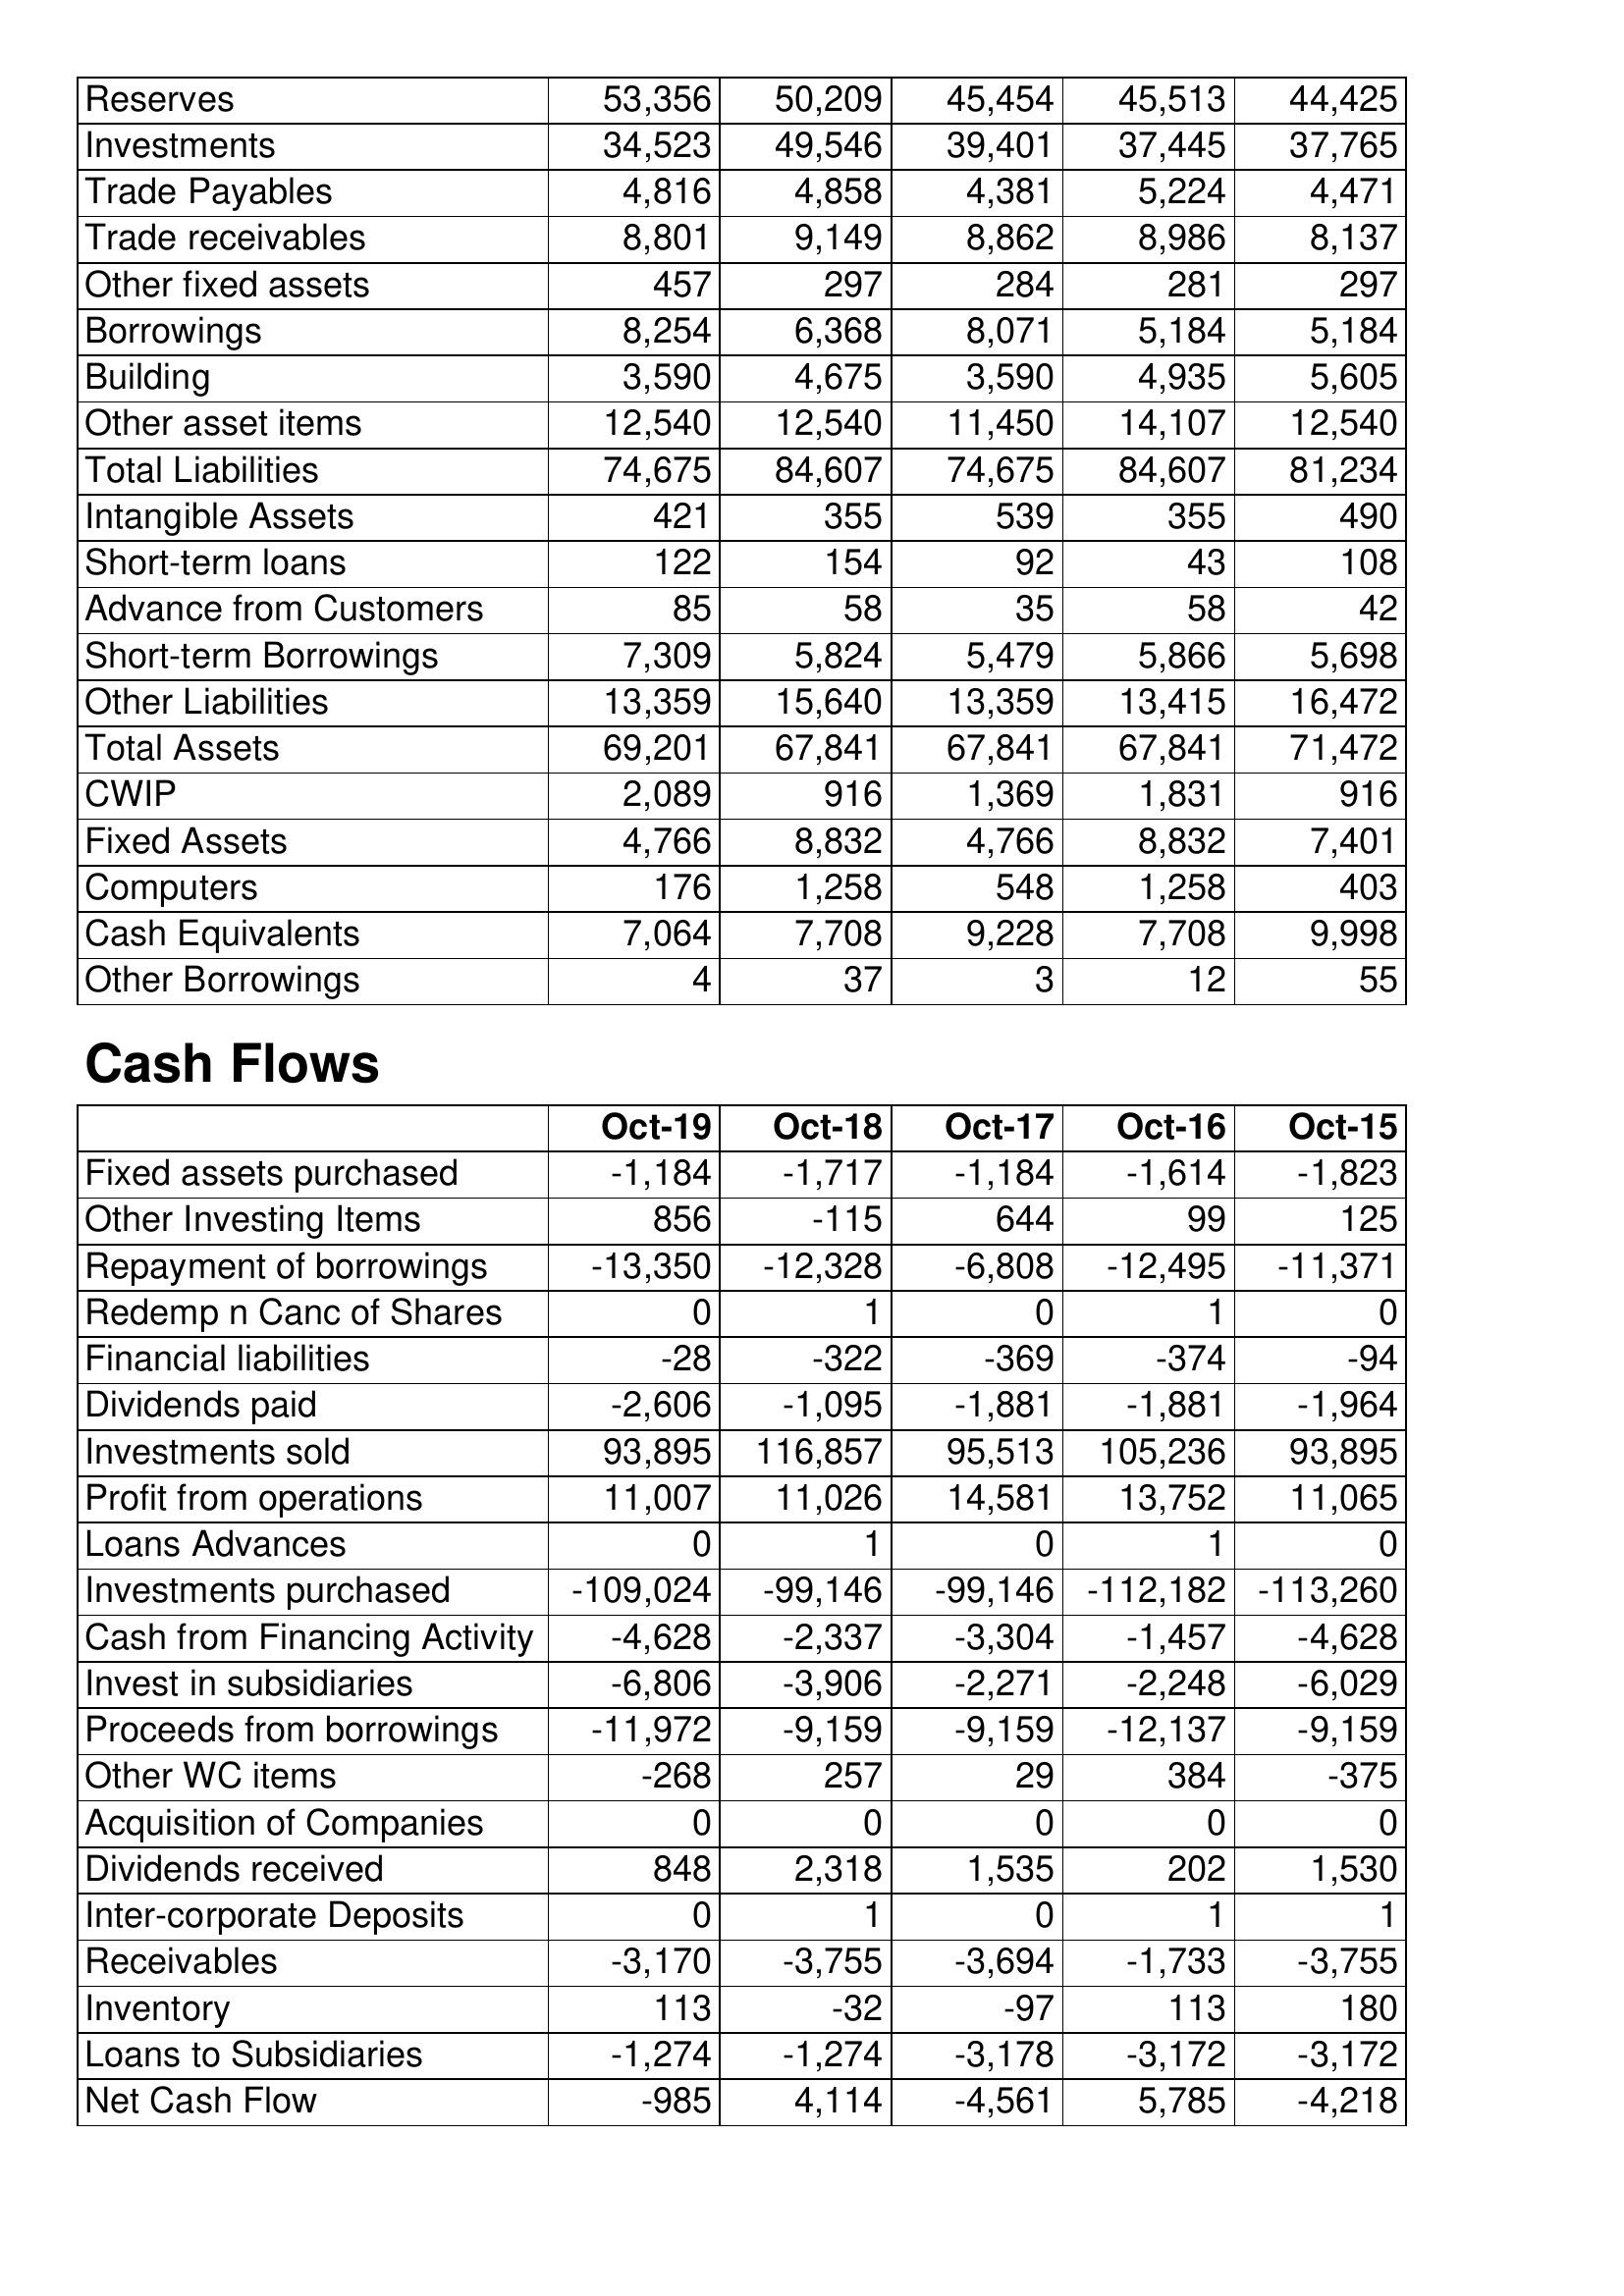
Oct-19: Balance Sheet: Reserves: 53,356
Investments: 34,523
Trade Payables: 4,816
Trade receivables: 8,801
Other fixed assets: 457
Borrowings: 8,254
Building: 3,590
Other asset items: 12,540
Total Liabilities: 74,675
Intangible Assets: 421
Short-term loans: 122
Advance from Customers: 85
Short-term Borrowings: 7,309
Other Liabilities: 13,359
Total Assets: 69,201
CWIP: 2,089
Fixed Assets: 4,766
Computers: 176
Cash Equivalents: 7,064
Other Borrowings: 4
Cash Flows: Fixed assets purchased: -1,184
Other Investing Items: 856
Repayment of borrowings: -13,350
Redemp n Canc of Shares: 0
Financial liabilities: -28
Dividends paid: -2,606
Investments sold: 93,895
Profit from operations: 11,007
Loans Advances: 0
Investments purchased: -109,024
Cash from Financing Activity: -4,628
Invest in subsidiaries: -6,806
Proceeds from borrowings: -11,972
Other WC items: -268
Acquisition of Companies: 0
Dividends received: 848
Inter-corporate Deposits: 0
Receivables: -3,170
Inventory: 113
Loans to Subsidiaries: -1,274
Net Cash Flow: -985
Oct-18: Balance Sheet: Reserves: 50,209
Investments: 49,546
Trade Payables: 4,858
Trade receivables: 9,149
Other fixed assets: 297
Borrowings: 6,368
Building: 4,675
Other asset items: 12,540
Total Liabilities: 84,607
Intangible Assets: 355
Short-term loans: 154
Advance from Customers: 58
Short-term Borrowings: 5,824
Other Liabilities: 15,640
Total Assets: 67,841
CWIP: 916
Fixed Assets: 8,832
Computers: 1,258
Cash Equivalents: 7,708
Other Borrowings: 37
Cash Flows: Fixed assets purchased: -1,717
Other Investing Items: -115
Repayment of borrowings: -12,328
Redemp n Canc of Shares: 1
Financial liabilities: -322
Dividends paid: -1,095
Investments sold: 116,857
Profit from operations: 11,026
Loans Advances: 1
Investments purchased: -99,146
Cash from Financing Activity: -2,337
Invest in subsidiaries: -3,906
Proceeds from borrowings: -9,159
Other WC items: 257
Acquisition of Companies: 0
Dividends received: 2,318
Inter-corporate Deposits: 1
Receivables: -3,755
Inventory: -32
Loans to Subsidiaries: -1,274
Net Cash Flow: 4,114
Oct-17: Balance Sheet: Reserves: 45,454
Investments: 39,401
Trade Payables: 4,381
Trade receivables: 8,862
Other fixed assets: 284
Borrowings: 8,071
Building: 3,590
Other asset items: 11,450
Total Liabilities: 74,675
Intangible Assets: 539
Short-term loans: 92
Advance from Customers: 35
Short-term Borrowings: 5,479
Other Liabilities: 13,359
Total Assets: 67,841
CWIP: 1,369
Fixed Assets: 4,766
Computers: 548
Cash Equivalents: 9,228
Other Borrowings: 3
Cash Flows: Fixed assets purchased: -1,184
Other Investing Items: 644
Repayment of borrowings: -6,808
Redemp n Canc of Shares: 0
Financial liabilities: -369
Dividends paid: -1,881
Investments sold: 95,513
Profit from operations: 14,581
Loans Advances: 0
Investments purchased: -99,146
Cash from Financing Activity: -3,304
Invest in subsidiaries: -2,271
Proceeds from borrowings: -9,159
Other WC items: 29
Acquisition of Companies: 0
Dividends received: 1,535
Inter-corporate Deposits: 0
Receivables: -3,694
Inventory: -97
Loans to Subsidiaries: -3,178
Net Cash Flow: -4,561
Oct-16: Balance Sheet: Reserves: 45,513
Investments: 37,445
Trade Payables: 5,224
Trade receivables: 8,986
Other fixed assets: 281
Borrowings: 5,184
Building: 4,935
Other asset items: 14,107
Total Liabilities: 84,607
Intangible Assets: 355
Short-term loans: 43
Advance from Customers: 58
Short-term Borrowings: 5,866
Other Liabilities: 13,415
Total Assets: 67,841
CWIP: 1,831
Fixed Assets: 8,832
Computers: 1,258
Cash Equivalents: 7,708
Other Borrowings: 12
Cash Flows: Fixed assets purchased: -1,614
Other Investing Items: 99
Repayment of borrowings: -12,495
Redemp n Canc of Shares: 1
Financial liabilities: -374
Dividends paid: -1,881
Investments sold: 105,236
Profit from operations: 13,752
Loans Advances: 1
Investments purchased: -112,182
Cash from Financing Activity: -1,457
Invest in subsidiaries: -2,248
Proceeds from borrowings: -12,137
Other WC items: 384
Acquisition of Companies: 0
Dividends received: 202
Inter-corporate Deposits: 1
Receivables: -1,733
Inventory: 113
Loans to Subsidiaries: -3,172
Net Cash Flow: 5,785
Oct-15: Balance Sheet: Reserves: 44,425
Investments: 37,765
Trade Payables: 4,471
Trade receivables: 8,137
Other fixed assets: 297
Borrowings: 5,184
Building: 5,605
Other asset items: 12,540
Total Liabilities: 81,234
Intangible Assets: 490
Short-term loans: 108
Advance from Customers: 42
Short-term Borrowings: 5,698
Other Liabilities: 16,472
Total Assets: 71,472
CWIP: 916
Fixed Assets: 7,401
Computers: 403
Cash Equivalents: 9,998
Other Borrowings: 55
Cash Flows: Fixed assets purchased: -1,823
Other Investing Items: 125
Repayment of borrowings: -11,371
Redemp n Canc of Shares: 0
Financial liabilities: -94
Dividends paid: -1,964
Investments sold: 93,895
Profit from operations: 11,065
Loans Advances: 0
Investments purchased: -113,260
Cash from Financing Activity: -4,628
Invest in subsidiaries: -6,029
Proceeds from borrowings: -9,159
Other WC items: -375
Acquisition of Companies: 0
Dividends received: 1,530
Inter-corporate Deposits: 1
Receivables: -3,755
Inventory: 180
Loans to Subsidiaries: -3,172
Net Cash Flow: -4,218